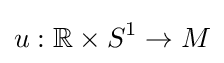
u:\mathbb {R} \times S^{1}\to M